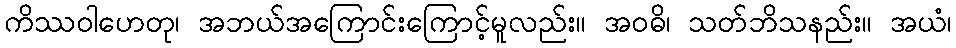
ကိဿဝါဟေတု၊ အဘယ်အကြောင်းကြောင့်မူလည်း။ အဝဓိ၊ သတ်ဘိသနည်း။ အယံ၊